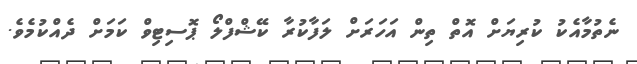
ނެތުމާއެކު ކުރިޔަށް އޮތް ތިން އަހަރަށް ލަފާކުރާ ކޭޝްފްލޯ ޕޮސިޓިވް ކަމަށް ދެއްކުމެވެ.